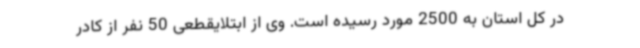
در کل استان به 2500 مورد رسیده است. وی از ابتلایقطعی 50 نفر از کادر